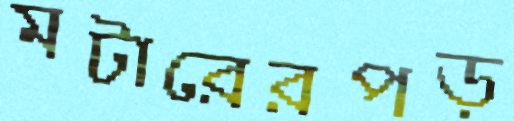
মটারেরপড়